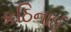
કઠિનાઈ